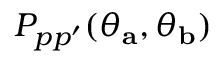
P _ { p p ^ { \prime } } ( \theta _ { \mathbf { a } } , \theta _ { \mathbf { b } } )